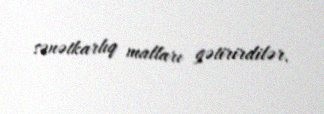
sənətkarlıq malları gətirirdilər.